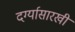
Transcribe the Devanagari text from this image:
दर्ग्यासारखी